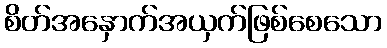
စိတ်အနှောက်အယှက်ဖြစ်စေသော